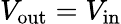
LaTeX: V_{\mathrm{out}}=V_{\mathrm{in}}